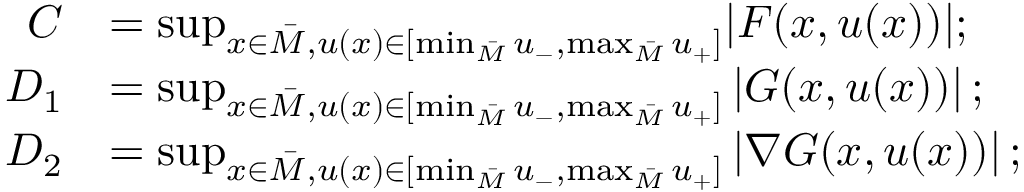
\begin{array} { r l } { C } & { = \operatorname* { s u p } _ { x \in \bar { M } , u ( x ) \in [ \operatorname* { m i n } _ { \bar { M } } u _ { - } , \operatorname* { m a x } _ { \bar { M } } u _ { + } ] } \lvert F ( x , u ( x ) ) \rvert ; } \\ { D _ { 1 } } & { = \operatorname* { s u p } _ { x \in \bar { M } , u ( x ) \in [ \operatorname* { m i n } _ { \bar { M } } u _ { - } , \operatorname* { m a x } _ { \bar { M } } u _ { + } ] } \left\lvert G ( x , u ( x ) ) \right\rvert ; } \\ { D _ { 2 } } & { = \operatorname* { s u p } _ { x \in \bar { M } , u ( x ) \in [ \operatorname* { m i n } _ { \bar { M } } u _ { - } , \operatorname* { m a x } _ { \bar { M } } u _ { + } ] } \left\lvert \nabla G ( x , u ( x ) ) \right\rvert ; } \end{array}